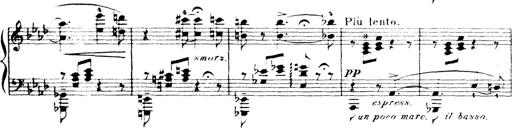
Title: Wagner-Liszt Album
Composer: Franz Liszt